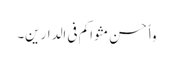
وٲحسن مثواکم فی الدارین۔